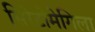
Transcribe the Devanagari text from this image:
सिरेटोमेगिला